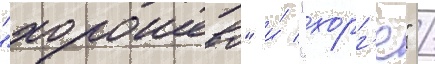
"хорошево" и́ "зорг'е" /